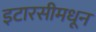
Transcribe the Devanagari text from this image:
इटारसीमधून